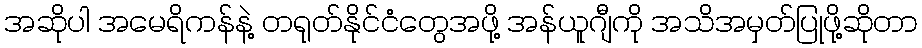
အဆိုပါ အမေရိကန်နဲ့ တရုတ်နိုင်ငံတွေအဖို့ အန်ယူဂျီကို အသိအမှတ်ပြုဖို့ဆိုတာ